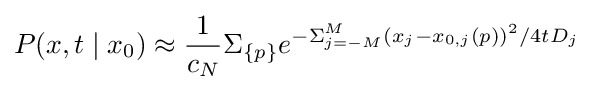
P(x,t\mid x_{0})\approx {\frac {1}{c_{N}}}\Sigma _{\{p\}}e^{-\Sigma _{j=-M}^{M}(x_{j}-x_{0,j}(p))^{2}/4tD_{j}}